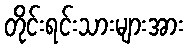
တိုင်းရင်းသားများအား